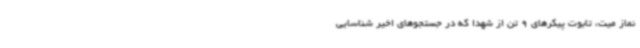
نماز میت، تابوت پیکرهای 9 تن از شهدا که در جستجوهای اخیر شناسایی